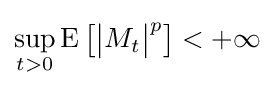
\sup _{t>0}\operatorname {E} {\big [}{\big |}M_{t}{\big |}^{p}{\big ]}<+\infty